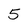
Character: 5